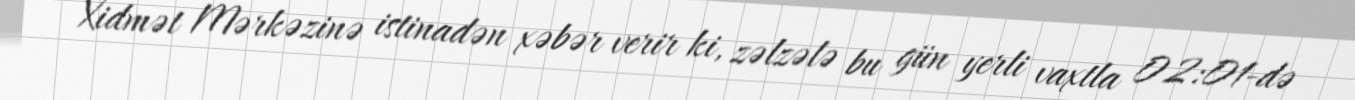
Xidmət Mərkəzinə istinadən xəbər verir ki, zəlzələ bu gün yerli vaxtla 02:01-də